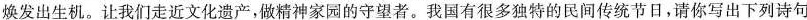
焕发出生机。让我们走近文化遗产，做精神家园的守望者。我国有很多独特的民间传统节日，请你写出下列诗句